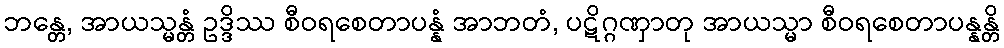
ဘန္တေ, အာယသ္မန္တံ ဥဒ္ဒိဿ စီဝရစေတာပန္နံ အာဘတံ, ပဋိဂ္ဂဏှာတု အာယသ္မာ စီဝရစေတာပန္နန္တိ